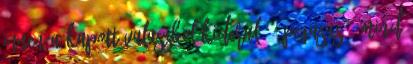
innen a kapott valaszbol kiderul. - Pegasus 3 mind